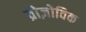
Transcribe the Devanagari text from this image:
व्रोज़ोविक